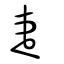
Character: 疌